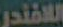
اللافندر